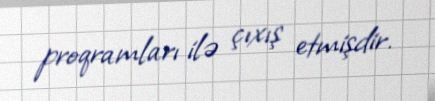
proqramları ilə çıxış etmişdir.